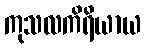
ကုသလကိရိယာယ